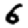
Digit: 6